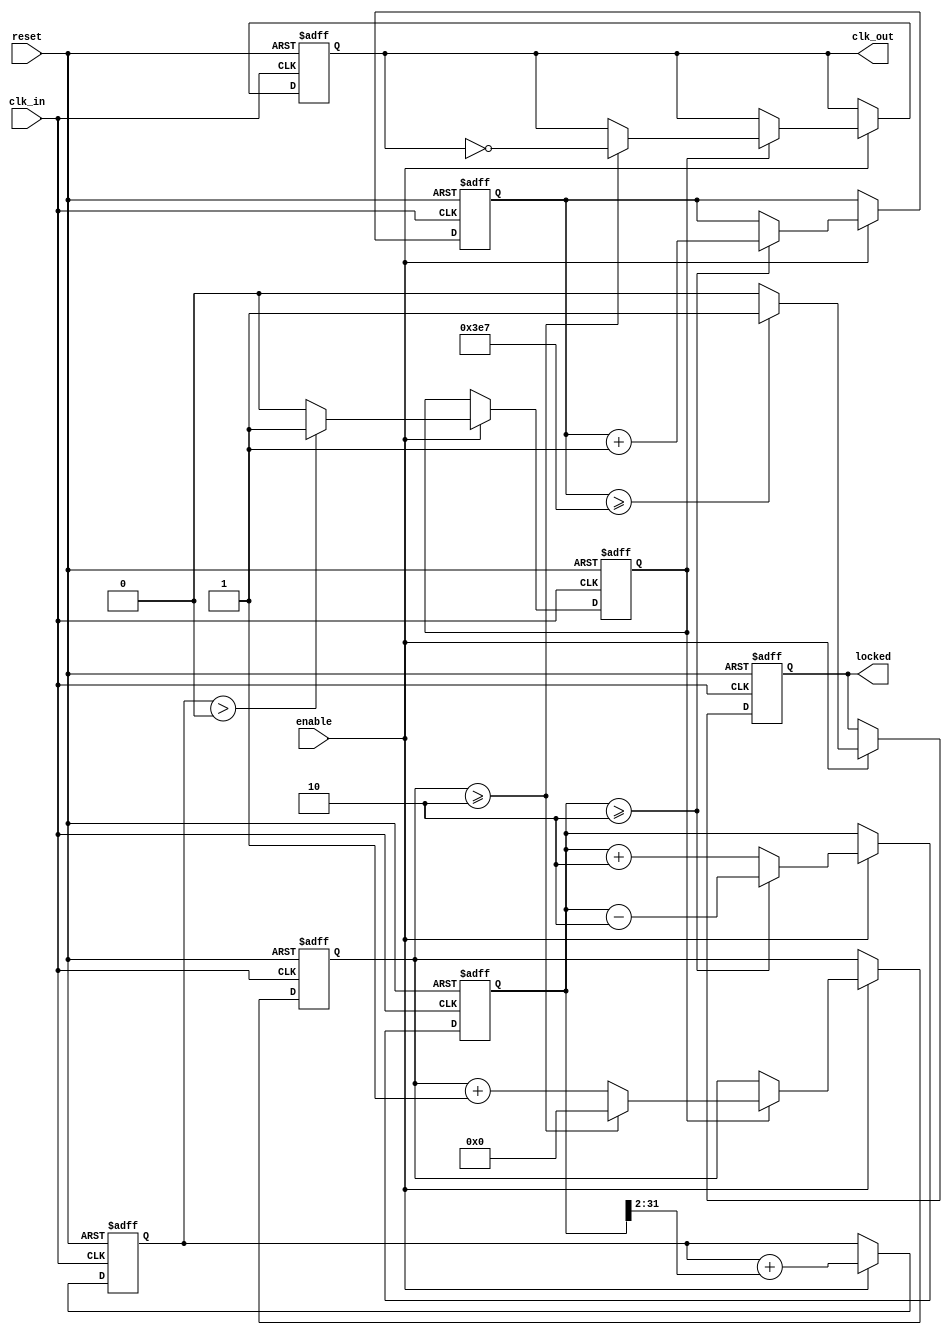
module parameterized_PLL #(
    parameter INPUT_FREQ = 50_000_000,  // Input clock frequency in Hz
    parameter OUTPUT_FREQ = 25_000_000,  // Desired output clock frequency in Hz
    parameter PHASE_OFFSET = 0,           // Phase offset in degrees
    parameter LOCK_TIME = 1000,           // Lock time in clock cycles
    parameter NUM_STAGES = 4               // Number of stages in the feedback loop
)(
    input wire clk_in,                     // Input clock signal
    input wire reset,                      // Asynchronous reset signal
    input wire enable,                     // Enable signal for PLL operation
    output reg clk_out,                   // Output clock signal
    output reg locked                     // Status signal indicating lock status
);

    // Internal signals
    reg [31:0] phase_accumulator;          // Phase accumulator
    reg [31:0] frequency_divider;          // Frequency divider counter
    reg [31:0] loop_filter;                // Loop filter output
    reg [31:0] vco_output;                 // VCO output clock counter
    reg [31:0] lock_counter;               // Lock counter
    reg vco_enabled;                       // VCO enabled flag

    // Phase detection and VCO operation
    always @(posedge clk_in or posedge reset) begin
        if (reset) begin
            phase_accumulator <= 0;
            frequency_divider <= 0;
            loop_filter <= 0;
            vco_output <= 0;
            lock_counter <= 0;
            clk_out <= 0;
            locked <= 0;
            vco_enabled <= 0;
        end else if (enable) begin
            // Phase detection logic (simplified)
            phase_accumulator <= phase_accumulator + (INPUT_FREQ / OUTPUT_FREQ);
            if (phase_accumulator >= (INPUT_FREQ / OUTPUT_FREQ)) begin
                phase_accumulator <= phase_accumulator - (INPUT_FREQ / OUTPUT_FREQ);
                vco_output <= vco_output + 1;
            end

            // Loop filter (simple proportional control)
            loop_filter <= (loop_filter + (phase_accumulator >> 2)); // Simple filter

            // VCO operation
            if (loop_filter > 0) begin
                vco_enabled <= 1;
            end else begin
                vco_enabled <= 0;
            end

            // Generate output clock based on VCO output
            if (vco_enabled) begin
                frequency_divider <= frequency_divider + 1;
                if (frequency_divider >= (INPUT_FREQ / OUTPUT_FREQ)) begin
                    frequency_divider <= 0;
                    clk_out <= ~clk_out; // Toggle output clock
                end
            end

            // Locking mechanism
            if (vco_output >= (LOCK_TIME - 1)) begin
                locked <= 1;
            end else begin
                locked <= 0;
            end

            // Increment lock counter
            if (locked) begin
                lock_counter <= lock_counter + 1;
            end
        end
    end

endmodule